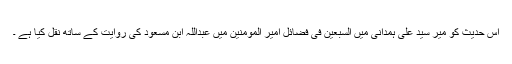
اس حدیث کو میر سید علی ہمدانی میں السبعین فی فضائل امیر المومنین میں عبداللہ ابن مسعود کی روایت کے ساتھ نقل کیا ہے ۔